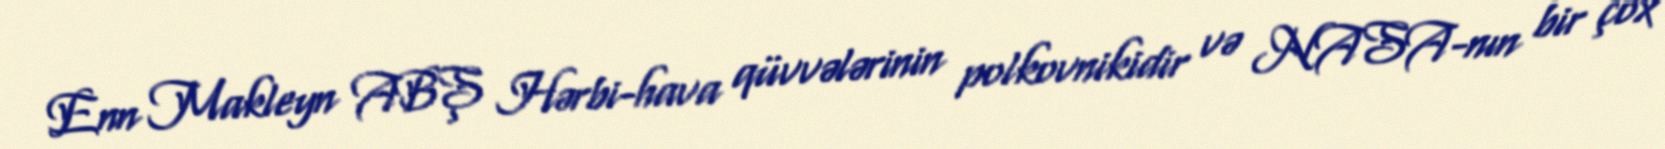
Enn Makleyn ABŞ Hərbi-hava qüvvələrinin polkovnikidir və NASA-nın bir çox